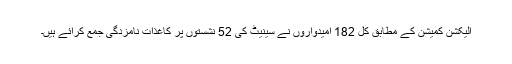
الیکشن کمیشن کے مطابق کل 182 امیدواروں نے سینیٹ کی 52 نشستوں پر کاغذات نامزدگی جمع کرائے ہیں۔